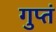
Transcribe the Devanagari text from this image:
गुप्तं